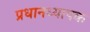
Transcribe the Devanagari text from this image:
प्रधानध्यापक